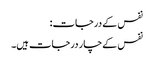
نفس کے درجات:
نفس کےچار درجات ہیں۔